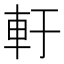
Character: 𨊱